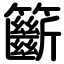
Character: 籪